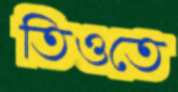
তিওতে